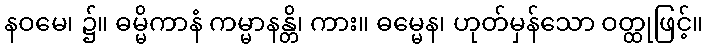
နဝမေ၊ ၌။ ဓမ္မိကာနံ ကမ္မာနန္တိ၊ ကား။ ဓမ္မေန၊ ဟုတ်မှန်သော ဝတ္ထုဖြင့်။